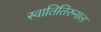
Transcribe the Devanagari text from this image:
स्वातितिरुनाल